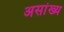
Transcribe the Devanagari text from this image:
असांख्य